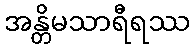
အန္တိမသာရီရဿ